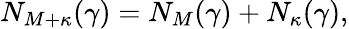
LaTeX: N_{M+\kappa}(\gamma)=N_{M}(\gamma)+N_{\kappa}(\gamma),